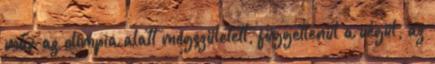
már az olimpia alatt megszületett, függetlenül a végül, az